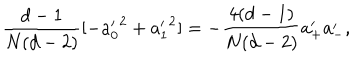
LaTeX: { \frac { d - 1 } { N ( d - 2 ) } } [ - { a _ { 0 } ^ { \prime } } ^ { 2 } + { a _ { 1 } ^ { \prime } } ^ { 2 } ] = - \frac { 4 ( d - 1 ) } { N ( d - 2 ) } { a } _ { + } ^ { \prime } { a } _ { - } ^ { \prime } ,